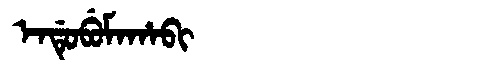
Manchu: ᡝᠨᡩᡠᠪᡠᠮᠠᡥᠠᠪᡳ
Romanization: ENDUBUMAHABI